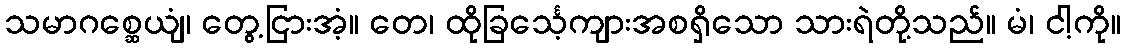
သမာဂစ္ဆေယျံ၊ တွေ့ငြားအံ့။ တေ၊ ထိုခြင်္သေ့ကျားအစရှိသော သားရဲတို့သည်။ မံ၊ ငါ့ကို။